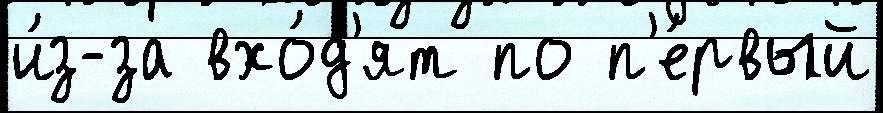
и́з-за вхо́д'ят по п'е́рвый